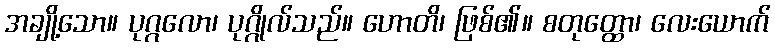
အချို့သော။ ပုဂ္ဂလော၊ ပုဂ္ဂိုလ်သည်။ ဟောတိ၊ ဖြစ်၏။ စတုတ္ထော၊ လေးယောက်